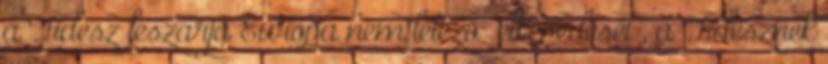
a Fidesz leszarja Európa nem létező „elképedését”, a Fidesznek